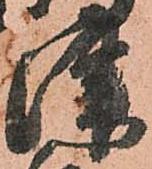
津